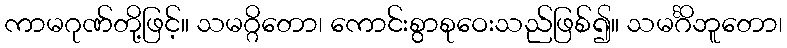
ကာမဂုဏ်တို့ဖြင့်။ သမဂ္ဂိတော၊ ကောင်းစွာစုဝေးသည်ဖြစ်၍။ သမင်္ဂိဘူတော၊